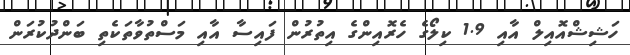
ހަޝިޝްއޮއިލް އާއި 1.9 ކިލޯގެ ހެރޮއިންގެ އިތުރުން ފައިސާ އާއި މަސްތުވާތަކެތި ބަންދުކުރަން